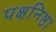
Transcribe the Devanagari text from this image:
पक्षनिष्ठा